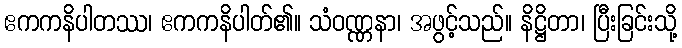
ဧကကနိပါတဿ၊ ဧကကနိပါတ်၏။ သံဝဏ္ဏနာ၊ အဖွင့်သည်။ နိဋ္ဌိတာ၊ ပြီးခြင်းသို့